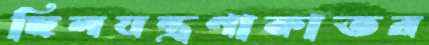
ছিলযন্ত্রণাকাতর